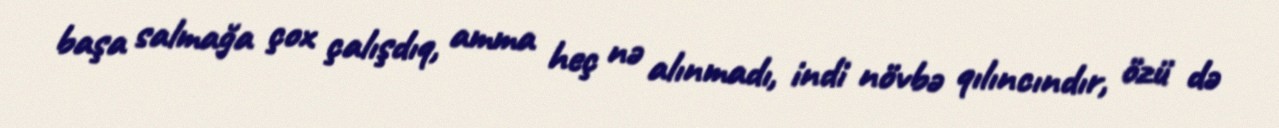
başa salmağa çox çalışdıq, amma heç nə alınmadı, indi növbə qılıncındır, özü də